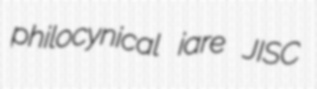
philocynical iare JISC